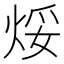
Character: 𪸯